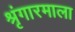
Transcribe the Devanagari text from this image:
श्रृंगारमाला